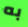
به